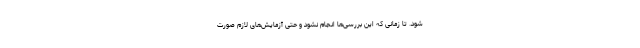
شود. تا زمانی که این بررسی‌ها انجام نشود و حتی آزمایش‌های لازم صورت